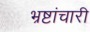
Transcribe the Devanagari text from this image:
भ्रष्टांचारी